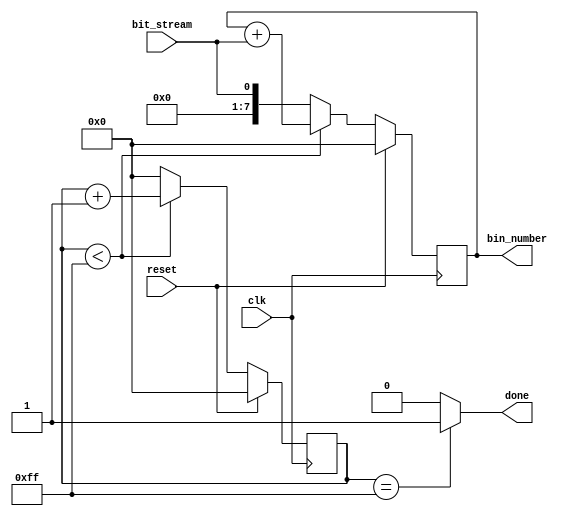
// Stochastic to Binary converter

module StochToBin (
    input clk,
    input reset,
    input bit_stream,
    output [7:0] bin_number,
    output done
    );

    localparam BITSTR_LENGTH = 256;  // 8-bits, max length of LFSR loop

    reg [7:0] ones_count = 0;
    reg [7:0] clk_count = 0;

    // Accumulate 1s in SN for 256 clk cycles, then reset
    always @(posedge clk) begin
        if (reset) begin
            clk_count <= 0;
            ones_count <= 0;
        end else begin
            // 256 clk cycles
            if (clk_count < 8'd255) begin
                ones_count <= ones_count + bit_stream;
                clk_count <= clk_count + 1;
            end else begin
                // reset counter to 0 and ones_count to incoming bit
                clk_count <= 0;
                ones_count <= bit_stream;
            end
        end
    end

    // Done logic
    assign done = (clk_count == 8'd255) ? 1 : 0;

    // Output
    assign bin_number = ones_count;

endmodule